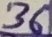
Text: 36